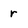
Character: r